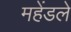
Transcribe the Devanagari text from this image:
महेंडले